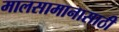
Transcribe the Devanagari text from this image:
मालसामानासाठी